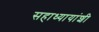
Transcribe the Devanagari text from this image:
सहाध्यायांशी